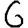
Digit: 6